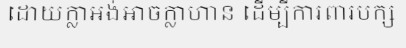
ដោយក្លាអង់អាចក្លាហាន ដើម្បីការពារបក្ស